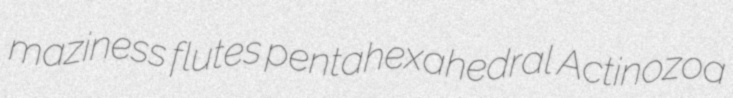
maziness flutes pentahexahedral Actinozoa